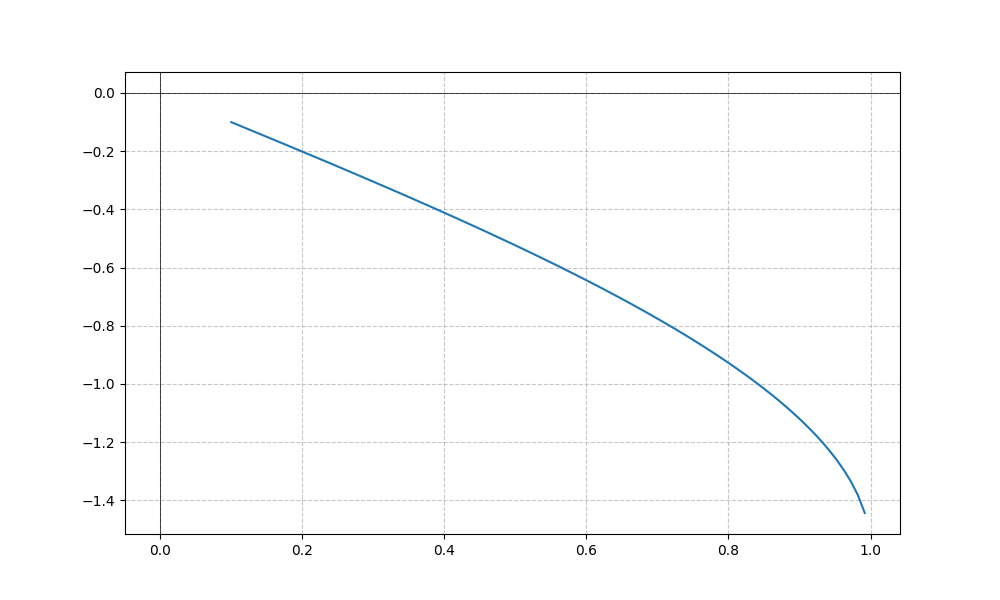
LaTeX formula: - \operatorname{asin}{\left(x \right)}